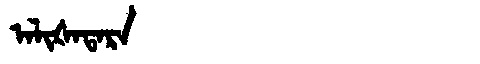
Manchu: ᠠᠯᡳᡧᠠᡨᠠᡵᠠ
Romanization: ALIŠATARA